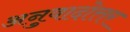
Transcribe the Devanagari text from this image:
अनुवादोत्तर